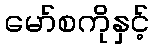
မော်စကိုနှင့်